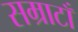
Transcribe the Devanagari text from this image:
सम्राटाँ